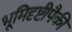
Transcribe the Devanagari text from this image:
भूमिदृष्टीपैकी